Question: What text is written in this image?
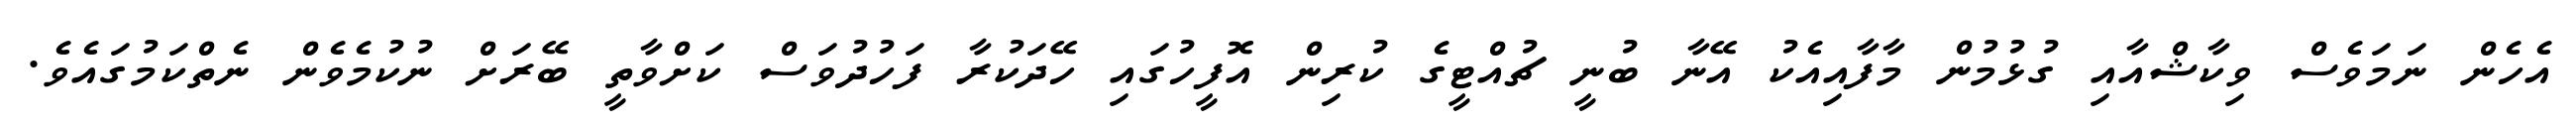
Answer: އެހެން ނަމަވެސް ވިކާޝްއާއި ގުޅުމުން މާފާއިއެކު އޭނާ ބުނީ ޗުއްޓީގެ ކުރިން އޮފީހުގައި ހޭދަކުރާ ފަހުދުވަސް ކަށްވާތީ ބޭރަށް ނުކުމެވެން ނެތްކަމުގައެވެ.